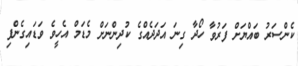
ކެންސަރު ބައްޔަށް ފަރުވާ ހޯދާ ގިނަ އަދަދެއްގެ ކުދިންނަށް މެޑަމް އެހީވެ ވަޑައިގެންފި